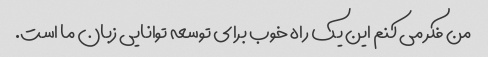
من فکر می کنم این یک راه خوب برای توسعه توانایی زبان ما است.